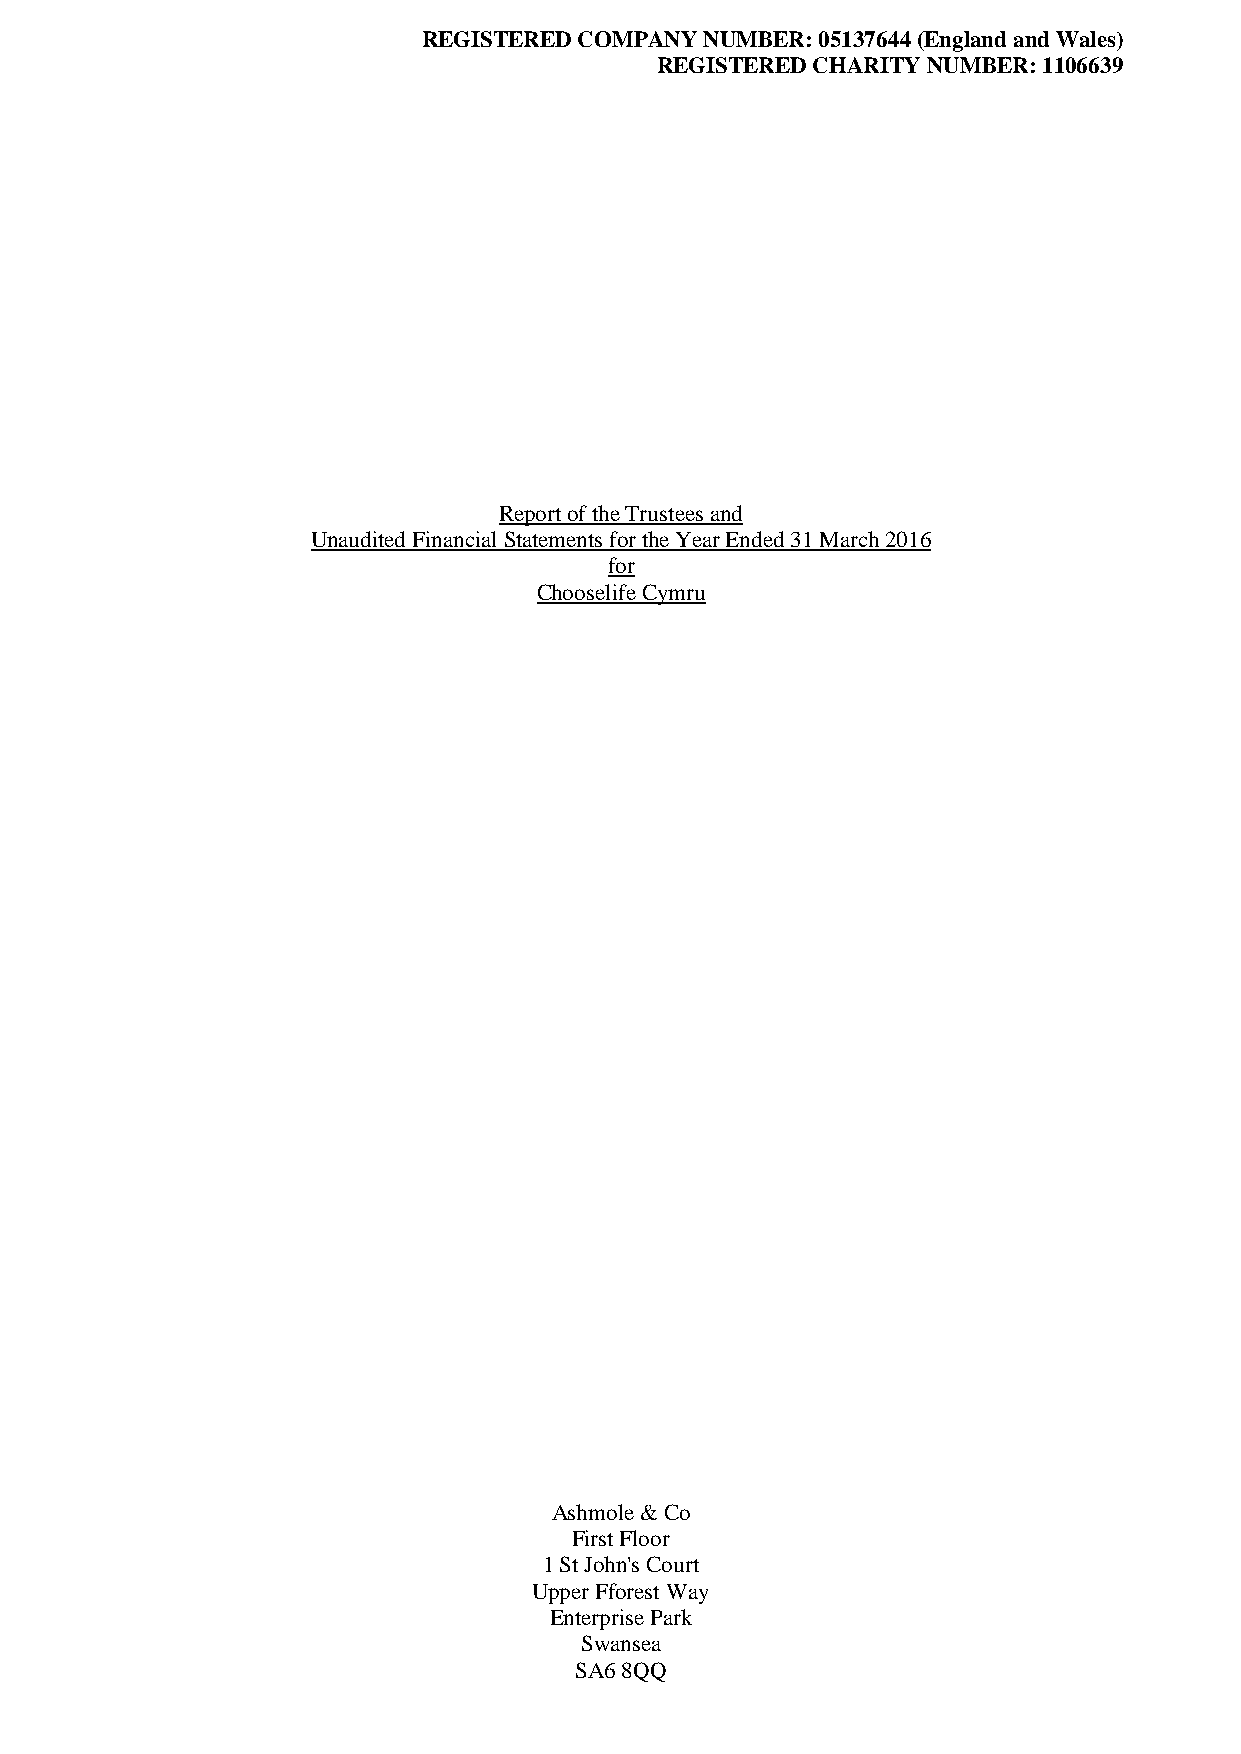
REGISTERED COMPANY NUMBER: 05137644 (England and Wales)
 REGISTERED CHARITY NUMBER: 1106639
 Report of the Trustees and
 Unaudited Financial Statements for the Year Ended 31 March 2016
 for
 Chooselife Cymru
 Ashmole & Co
 First Floor
 1 St John's Court
 Upper Fforest Way
 Enterprise Park
 Swansea
 SA6 8QQ